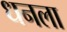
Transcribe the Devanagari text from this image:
ध्‍ानला